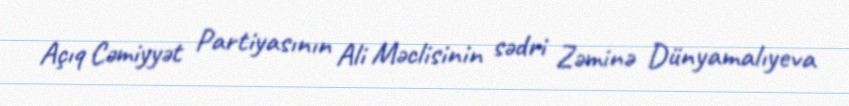
Açıq Cəmiyyət Partiyasının Ali Məclisinin sədri Zəminə Dünyamalıyeva